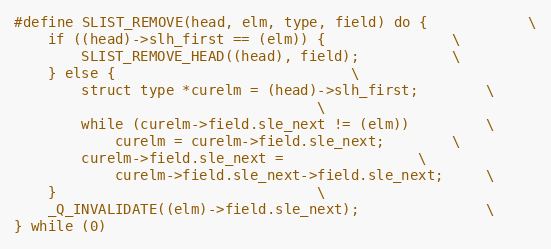
Language: C
#define SLIST_REMOVE(head, elm, type, field) do {			\
	if ((head)->slh_first == (elm)) {				\
		SLIST_REMOVE_HEAD((head), field);			\
	} else {							\
		struct type *curelm = (head)->slh_first;		\
									\
		while (curelm->field.sle_next != (elm))			\
			curelm = curelm->field.sle_next;		\
		curelm->field.sle_next =				\
		    curelm->field.sle_next->field.sle_next;		\
	}								\
	_Q_INVALIDATE((elm)->field.sle_next);				\
} while (0)